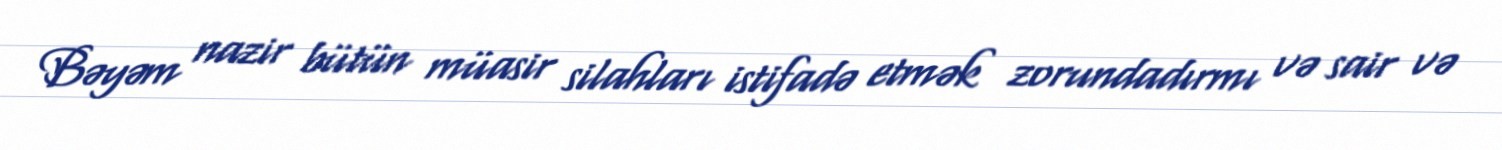
Bəyəm nazir bütün müasir silahları istifadə etmək zorundadırmı və sair və